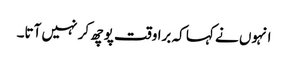
انہوں نے کہا کہ برا وقت پوچھ کر نہیں آتا۔